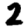
Digit: 2